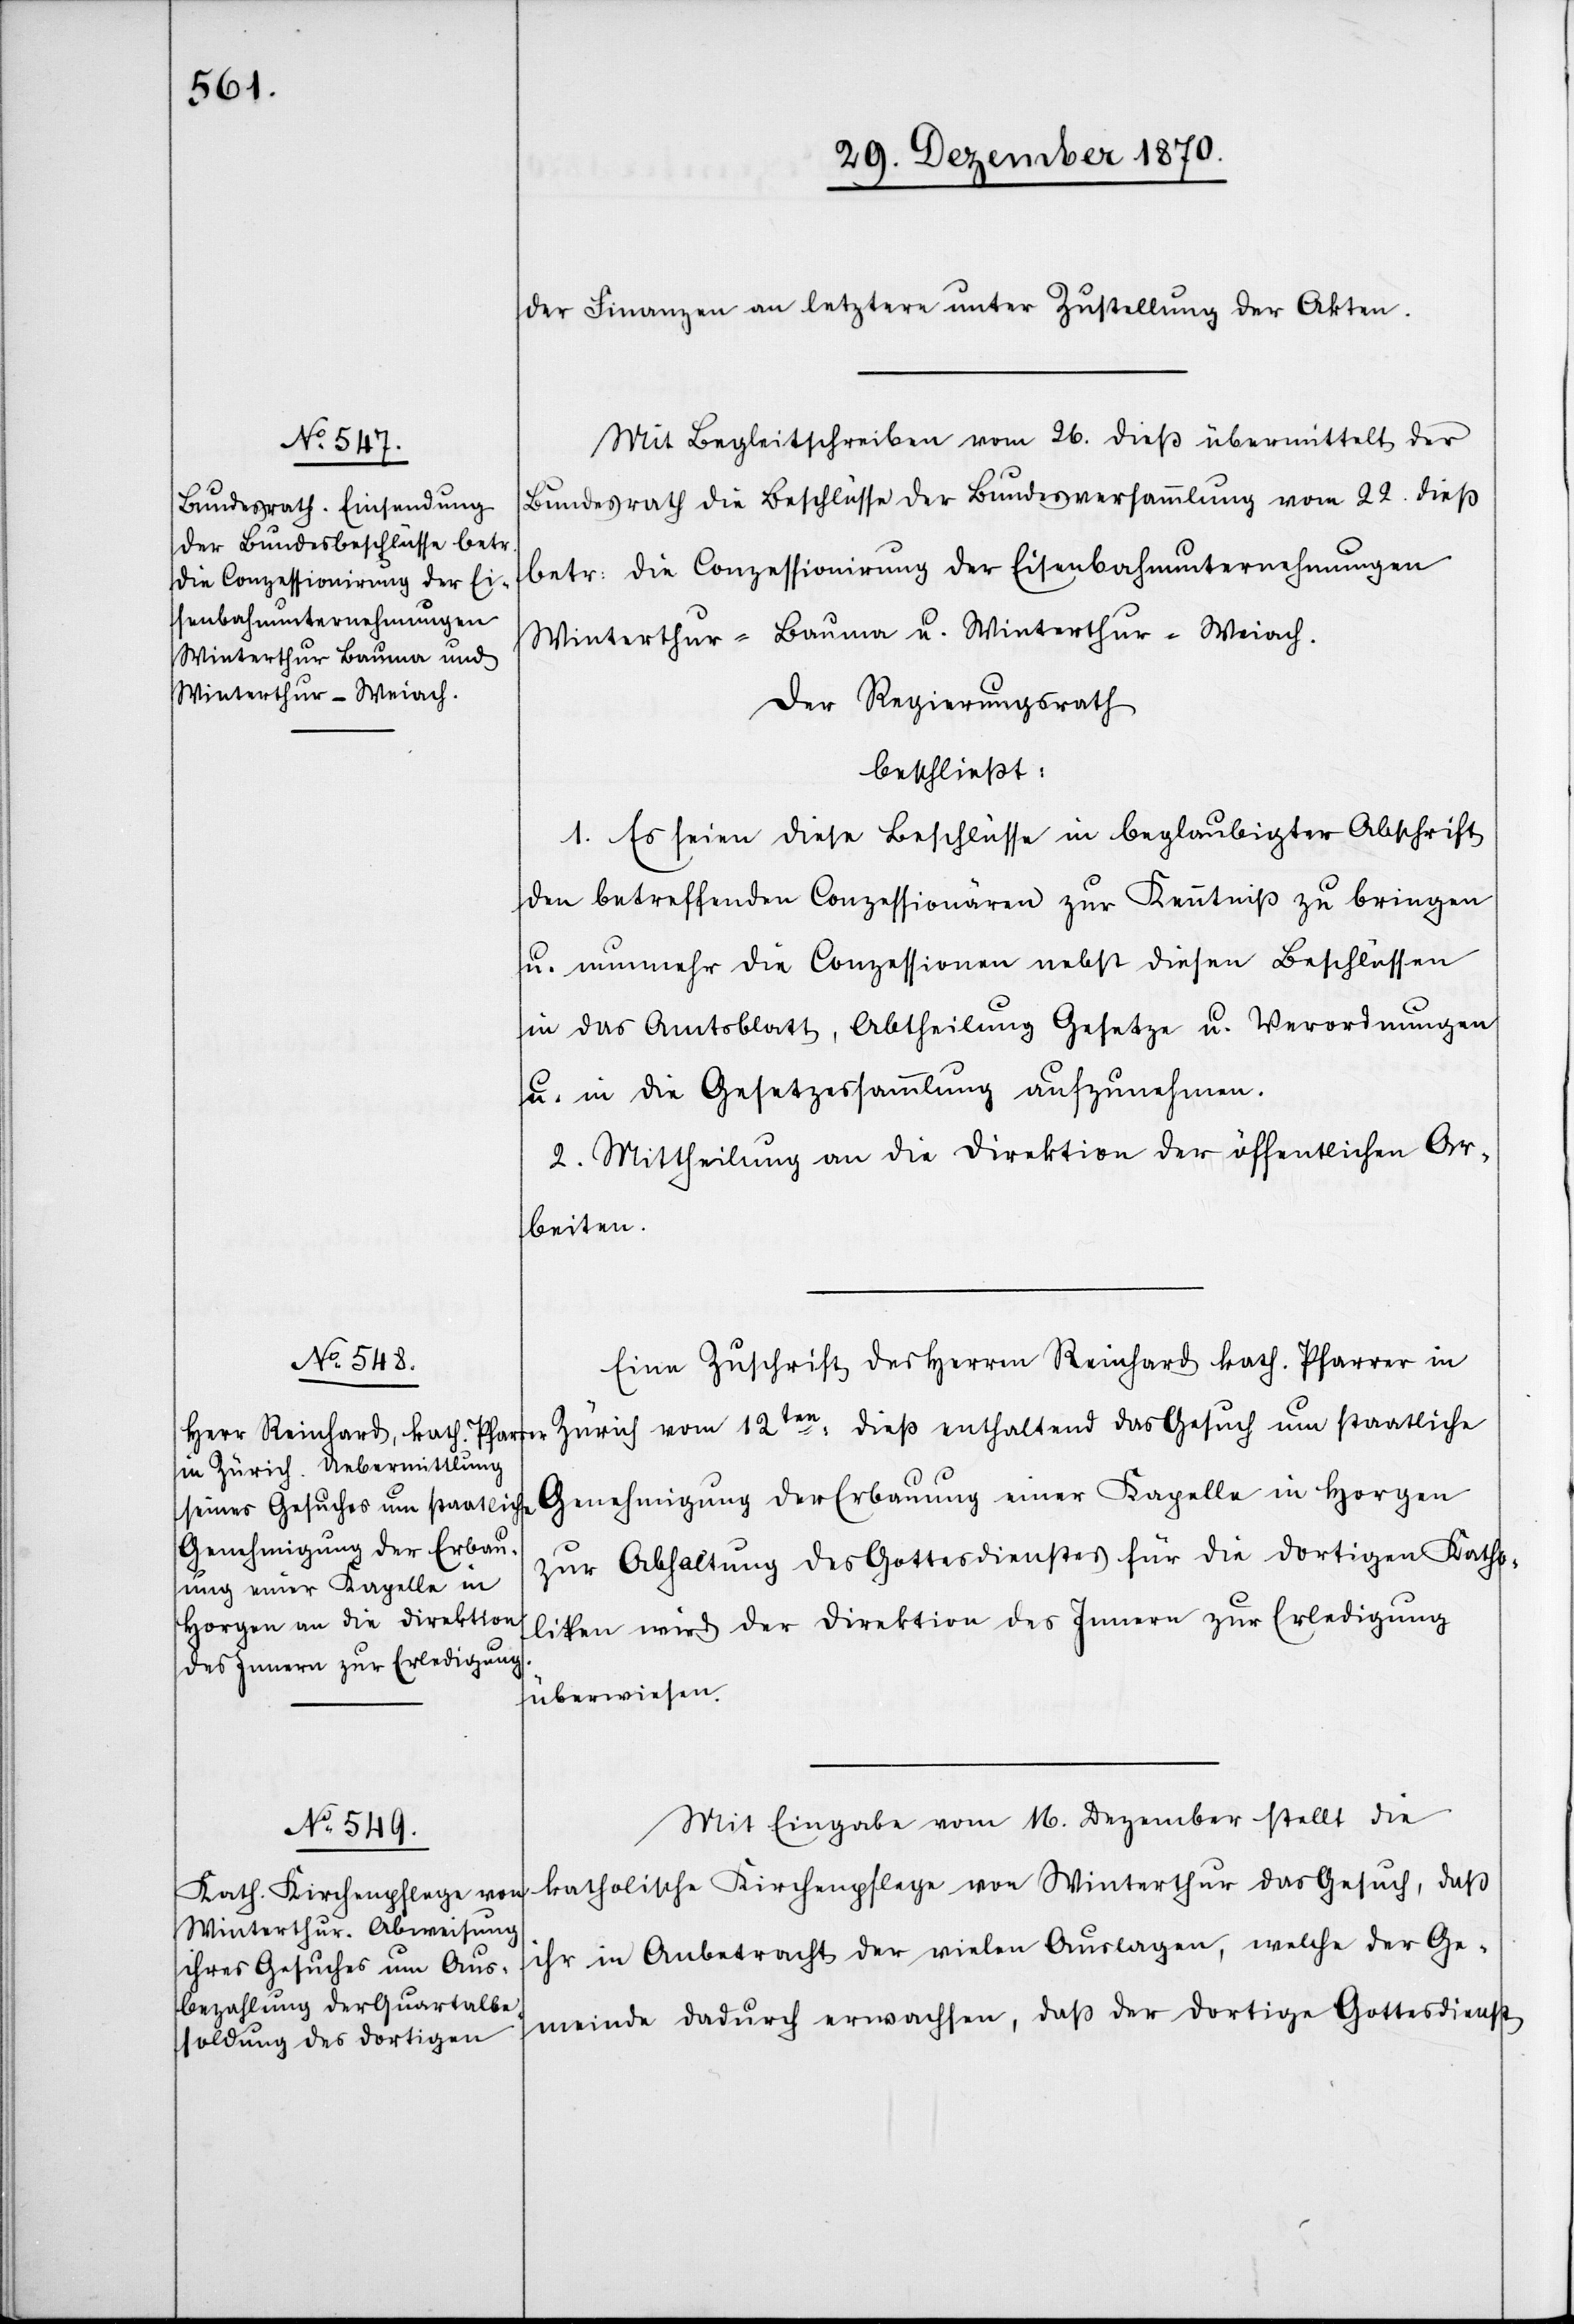
der Finanzen an letztere unter Zustellung der Akten.
Mit Begleitschreiben vom 26. dieß übermittelt der
Bundesrath die Beschlüsse der Bundesversammlung vom 22. dieß
betr: die Conzessionirung der Eisenbahnunternehmungen
Winterthur–Bauma u. Winterthur–Weiach.
Der Regierungsrath
beschließt:
1. Es seien diese Beschlüsse in beglaubigter Abschrift
den betreffenden Conzessionären zur Kenntniß zu bringen
u. nunmehr die Conzessionen nebst diesen Beschlüssen
in das Amtsblatt, Abtheilung Gesetze u. Verordnungen
u. in die Gesetzessammlung aufzunehmen.
2. Mittheilung an die Direktion der öffentlichen Ar¬
beiten.
Eine Zuschrift des Herren Reinhard kath. Pfarrer in
Zürich vom 12ten: dieß enthaltend das Gesuch um staatliche
Genehmigung der Erbauung einer Kapelle in Horgen
zur Abhaltung des Gottesdienstes für die dortigen Katho¬
liken wird der Direktion des Innern zur Erledigung
überwiesen.
Mit Eingabe vom 16. Dezember stellt die
katholische Kirchenpflege von Winterthur das Gesuch, daß
ihr in Anbetracht der vielen Auslagen, welche der Ge¬
meinde dadurch erwachsen, daß der dortige Gottesdienst